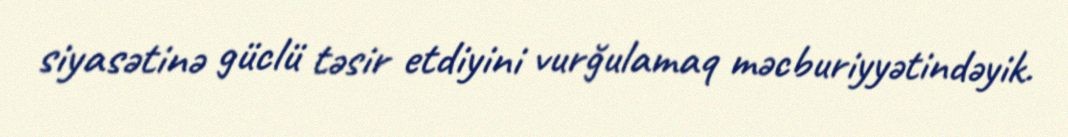
siyasətinə güclü təsir etdiyini vurğulamaq məcburiyyətindəyik.